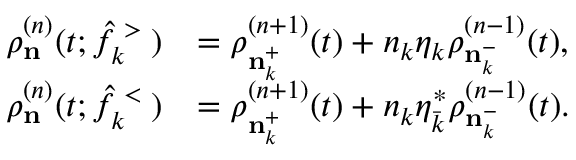
\begin{array} { r l } { \rho _ { \bf n } ^ { ( n ) } ( t ; \hat { f } _ { k } ^ { \mathrm { \tiny ~ > ~ } } ) } & { = \rho _ { { \bf n } _ { k } ^ { + } } ^ { ( n + 1 ) } ( t ) + n _ { k } \eta _ { k } \rho _ { { \bf n } _ { k } ^ { - } } ^ { ( n - 1 ) } ( t ) , } \\ { \rho _ { \bf n } ^ { ( n ) } ( t ; \hat { f } _ { k } ^ { \mathrm { \tiny ~ < ~ } } ) } & { = \rho _ { { \bf n } _ { k } ^ { + } } ^ { ( n + 1 ) } ( t ) + n _ { k } \eta _ { \bar { k } } ^ { \ast } \rho _ { { \bf n } _ { k } ^ { - } } ^ { ( n - 1 ) } ( t ) . } \end{array}